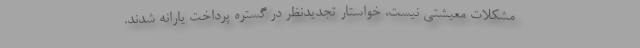
مشکلات معیشتی نیست، خواستار تجدیدنظر در گستره پرداخت یارانه شدند.